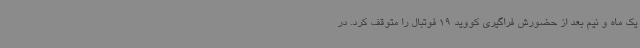
یک ماه و نیم بعد از حضورش فراگیری کووید 19 فوتبال را متوقف کرد. در